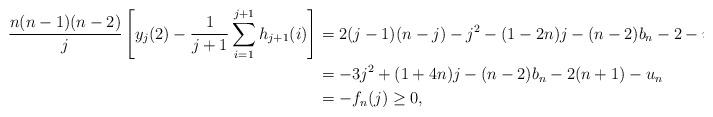
LaTeX: \begin{align*}\frac{n(n-1)(n-2)}{j}\left[y_j(2)-\frac{1}{j+1}\sum_{i=1}^{j+1}h_{j+1}(i)\right]&=2(j-1)(n-j)-j^2-(1-2n)j-(n-2)b_n-2-u_n\\&=-3j^2+(1+4n)j-(n-2)b_n-2(n+1)-u_n\\&=-f_n(j)\ge0,\end{align*}